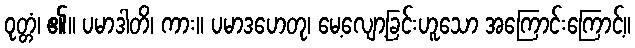
ဝုတ္တံ၊ ၏။ ပမာဒါတိ၊ ကား။ ပမာဒဟေတု၊ မေ့လျော့ခြင်းဟူသော အကြောင်းကြောင့်။